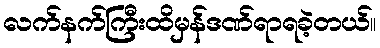
လက်နက်ကြီးထိမှန်ဒဏ်ရာရခဲ့တယ်။